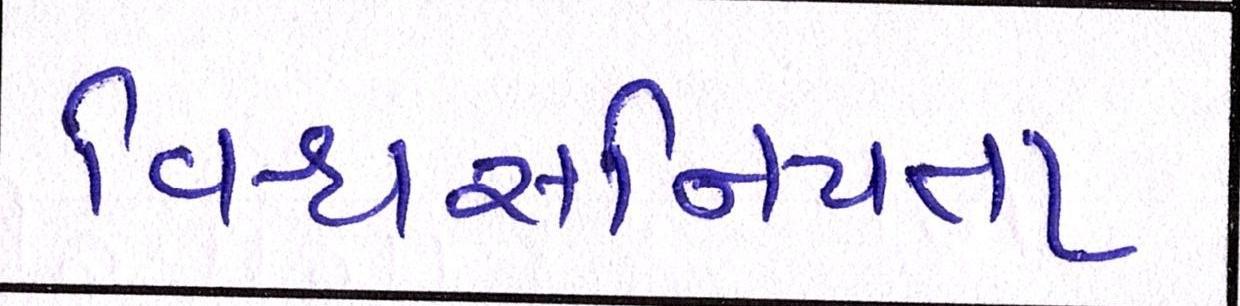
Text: વિશ્વસનિયતા